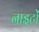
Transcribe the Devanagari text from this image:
नाइटों